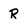
Character: R